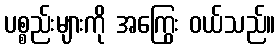
ပစ္စည်းများကို အကြွေး ဝယ်သည်။